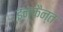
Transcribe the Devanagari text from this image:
इन्फैन्त